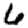
Digit: 6